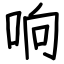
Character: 响